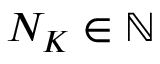
N _ { K } \in \mathbb { N }